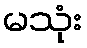
မသုံး